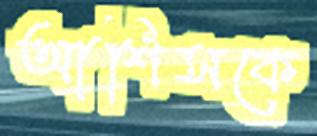
আশিসকে